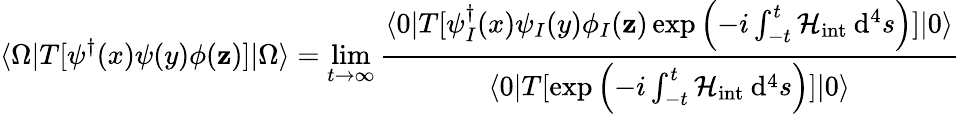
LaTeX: \langle\Omega|T[\psi^{\dagger}(x)\psi(y)\phi(\mathbf{z})]|\Omega\rangle=\operatorname*{lim}_{t\to\infty}\frac{{\langle0|T[\psi_{I}^{\dagger}(x)\psi_{I}(y)\phi_{I}(\mathbf{z})\exp\left(-i\int_{-t}^{t}\mathcal{{H}}_{\mathrm{{int}}}\: \mathrm{{d}}^{4}s\right)]|0\rangle}}{{\langle0|T[\exp\left(-i\int_{-t}^{t}\mathcal{{H}}_{\mathrm{{int}}}\: \mathrm{{d}}^{4}s\right)]|0\rangle}}